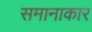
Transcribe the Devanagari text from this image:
समानाकार